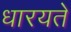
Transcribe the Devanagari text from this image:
धारयते